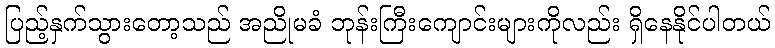
ပြည့်နှက်သွားတော့သည် အညိုမခံ ဘုန်းကြီးကျောင်းများကိုလည်း ရှိနေနိုင်ပါတယ်